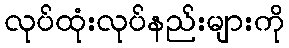
လုပ်ထုံးလုပ်နည်းများကို